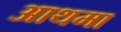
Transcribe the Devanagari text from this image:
आथमा